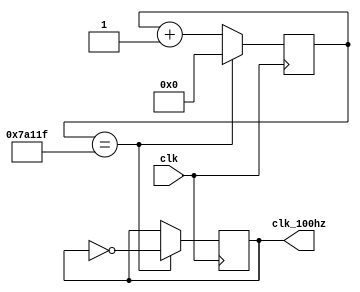
module clk_generator(clk, clk_100hz);
    input clk;
    output reg clk_100hz; 

    reg next_100;
    reg [18:0]K;
    reg [18:0]K_TEMP;
    
    always @*
        if (K == 19'd500000 - 1) begin 
            K_TEMP = 19'd0;
            next_100 = ~clk_100hz;
        end
        else begin 
            K_TEMP = K + 1'b1;
            next_100 = clk_100hz;
        end 
    always@(posedge clk) begin 
        K <= K_TEMP;
        clk_100hz <= next_100;
    end
         
endmodule